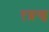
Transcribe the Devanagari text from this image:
एड्मण्ड्स